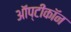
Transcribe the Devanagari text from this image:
ऑप्टीकॉन